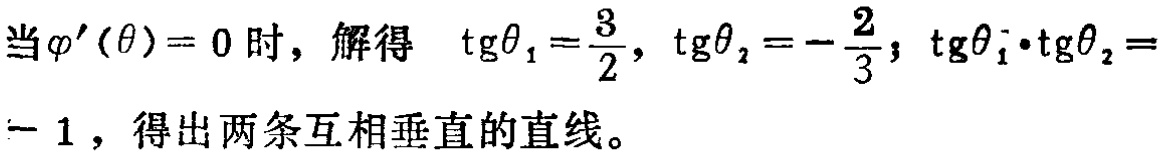
当$\varphi'(\theta)=0$时，解得 $\ \text{tg}\theta_{1}=\frac{3}{2}$, $\text{tg}\theta_{2}=-\frac{2}{3}$; $\text{tg}\theta_{1}\cdot\text{tg}\theta_{2}=-1$，得出两条互相垂直的直线。